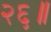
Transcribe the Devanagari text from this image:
२६॥